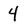
Character: 4